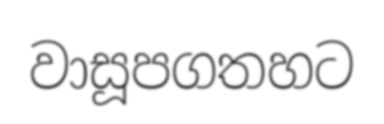
වාසූපගතහට